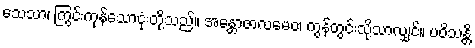
သေသာ၊ ကြွင်းကုန်သောငုံးတို့သည်။ အန္တောဇာလမေဝ၊ ကွန်တွင်းသို့သာလျှင်။ ပဝိသန္တိ